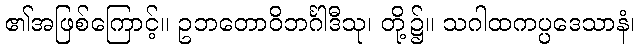
၏အဖြစ်ကြောင့်။ ဥဘတောဝိဘင်္ဂါဒီသု၊ တို့၌။ သဂါထကပ္ပဒေသာနံ၊